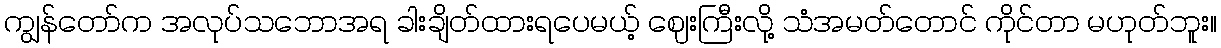
ကျွန်တော်က အလုပ်သဘောအရ ခါးချိတ်ထားရပေမယ့် ဈေးကြီးလို့ သံအမတ်တောင် ကိုင်တာ မဟုတ်ဘူး။